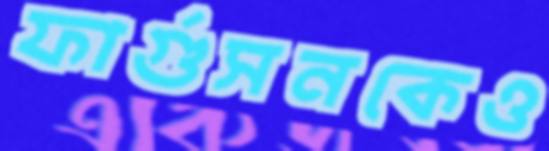
ফার্গুসনকেও